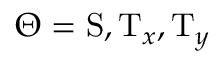
\Theta = \ensuremath { \mathrm { S } } , \ensuremath { \mathrm { T } } _ { x } , \ensuremath { \mathrm { T } } _ { y }